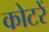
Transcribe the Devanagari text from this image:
कोटरें